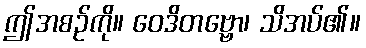
ဤအစဉ်ကို။ ဝေဒိတဗ္ဗော၊ သိအပ်၏။